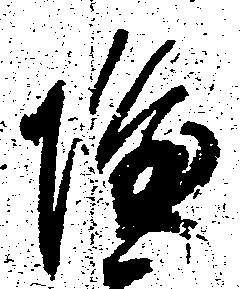
隆